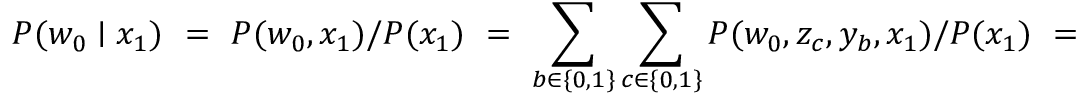
P ( w _ { 0 } \mid x _ { 1 } ) ~ { ~ = ~ P ( w _ { 0 } , x _ { 1 } ) / P ( x _ { 1 } ) \ = ~ \sum _ { b \in \{ 0 , 1 \} } \sum _ { c \in \{ 0 , 1 \} } P ( w _ { 0 } , z _ { c } , y _ { b } , x _ { 1 } ) / P ( x _ { 1 } ) \ = ~ \phantom { \sum _ { b \in \{ 0 , 1 \} } \sum _ { c \in \{ 0 , 1 \} } P ( w _ { 0 } \mid z _ { c } ) P ( z _ { c } \mid y _ { b } ) P ( y _ { b } \mid x _ { 1 } ) } }